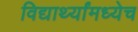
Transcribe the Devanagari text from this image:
विद्यार्थ्यांमध्येच